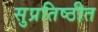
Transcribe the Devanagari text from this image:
सुप्रतिष्ठीत